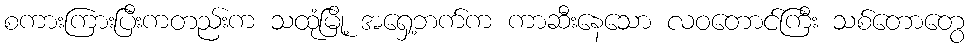
စကားကြားပြီးကတည်းက သထုံမြို့ အရှေ့ဘက်က ကာဆီးနေသော လဝတောင်ကြီး သစ်တောတွေ